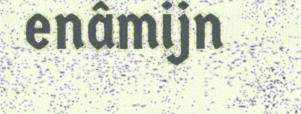
enâmijn